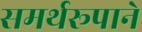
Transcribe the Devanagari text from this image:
समर्थरूपाने